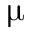
\upmu